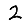
Digit: 2